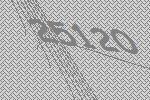
25120